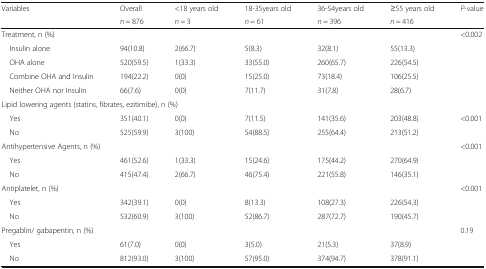
<table><thead><tr><td rowspan="2"><b>Variables</b></td><td><b>Overall</b></td><td><b>&lt;18 years old</b></td><td><b>18-35years old</b></td><td><b>36-54years old</b></td><td><b>≥55 years old</b></td><td rowspan="2"><b><i>P</i>-value</b></td></tr><tr><td><b><i>n</i> = 876</b></td><td><b><i>n</i> = 3</b></td><td><b><i>n</i> = 61</b></td><td><b><i>n</i> = 396</b></td><td><b><i>n</i> = 416</b></td></tr></thead><tbody><tr><td colspan="6">Treatment, n (%)</td><td rowspan="5">&lt;0.002</td></tr><tr><td> Insulin alone</td><td>94(10.8)</td><td>2(66.7)</td><td>5(8.3)</td><td>32(8.1)</td><td>55(13.3)</td></tr><tr><td> OHA alone</td><td>520(59.5)</td><td>1(33.3)</td><td>33(55.0)</td><td>260(65.7)</td><td>226(54.5)</td></tr><tr><td> Combine OHA and Insulin</td><td>194(22.2)</td><td>0(0)</td><td>15(25.0)</td><td>73(18.4)</td><td>106(25.5)</td></tr><tr><td> Neither OHA nor Insulin</td><td>66(7.6)</td><td>0(0)</td><td>7(11.7)</td><td>31(7.8)</td><td>28(6.7)</td></tr><tr><td colspan="7">Lipid lowering agents (statins, fibrates, ezitimibe), n (%)</td></tr><tr><td> Yes</td><td>351(40.1)</td><td>0(0)</td><td>7(11.5)</td><td>141(35.6)</td><td>203(48.8)</td><td rowspan="2">&lt;0.001</td></tr><tr><td> No</td><td>525(59.9)</td><td>3(100)</td><td>54(88.5)</td><td>255(64.4)</td><td>213(51.2)</td></tr><tr><td colspan="6">Antihypertensive Agents, n (%)</td><td rowspan="3">&lt;0.001</td></tr><tr><td> Yes</td><td>461(52.6)</td><td>1(33.3)</td><td>15(24.6)</td><td>175(44.2)</td><td>270(64.9)</td></tr><tr><td> No</td><td>415(47.4)</td><td>2(66.7)</td><td>46(75.4)</td><td>221(55.8)</td><td>146(35.1)</td></tr><tr><td colspan="6">Antiplatelet, n (%)</td><td rowspan="3">&lt;0.001</td></tr><tr><td> Yes</td><td>342(39.1)</td><td>0(0)</td><td>8(13.3)</td><td>108(27.3)</td><td>226(54.3)</td></tr><tr><td> No</td><td>532(60.9)</td><td>3(100)</td><td>52(86.7)</td><td>287(72.7)</td><td>190(45.7)</td></tr><tr><td colspan="6">Pregablin/ gabapentin, n (%)</td><td rowspan="3">0.19</td></tr><tr><td> Yes</td><td>61(7.0)</td><td>0(0)</td><td>3(5.0)</td><td>21(5.3)</td><td>37(8.9)</td></tr><tr><td> No</td><td>812(93.0)</td><td>3(100)</td><td>57(95.0)</td><td>374(94.7)</td><td>378(91.1)</td></tr></tbody></table>